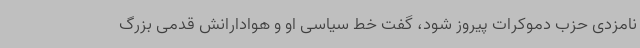
نامزدی حزب دموکرات پیروز شود، گفت خط سیاسی او و هوادارانش قدمی بزرگ